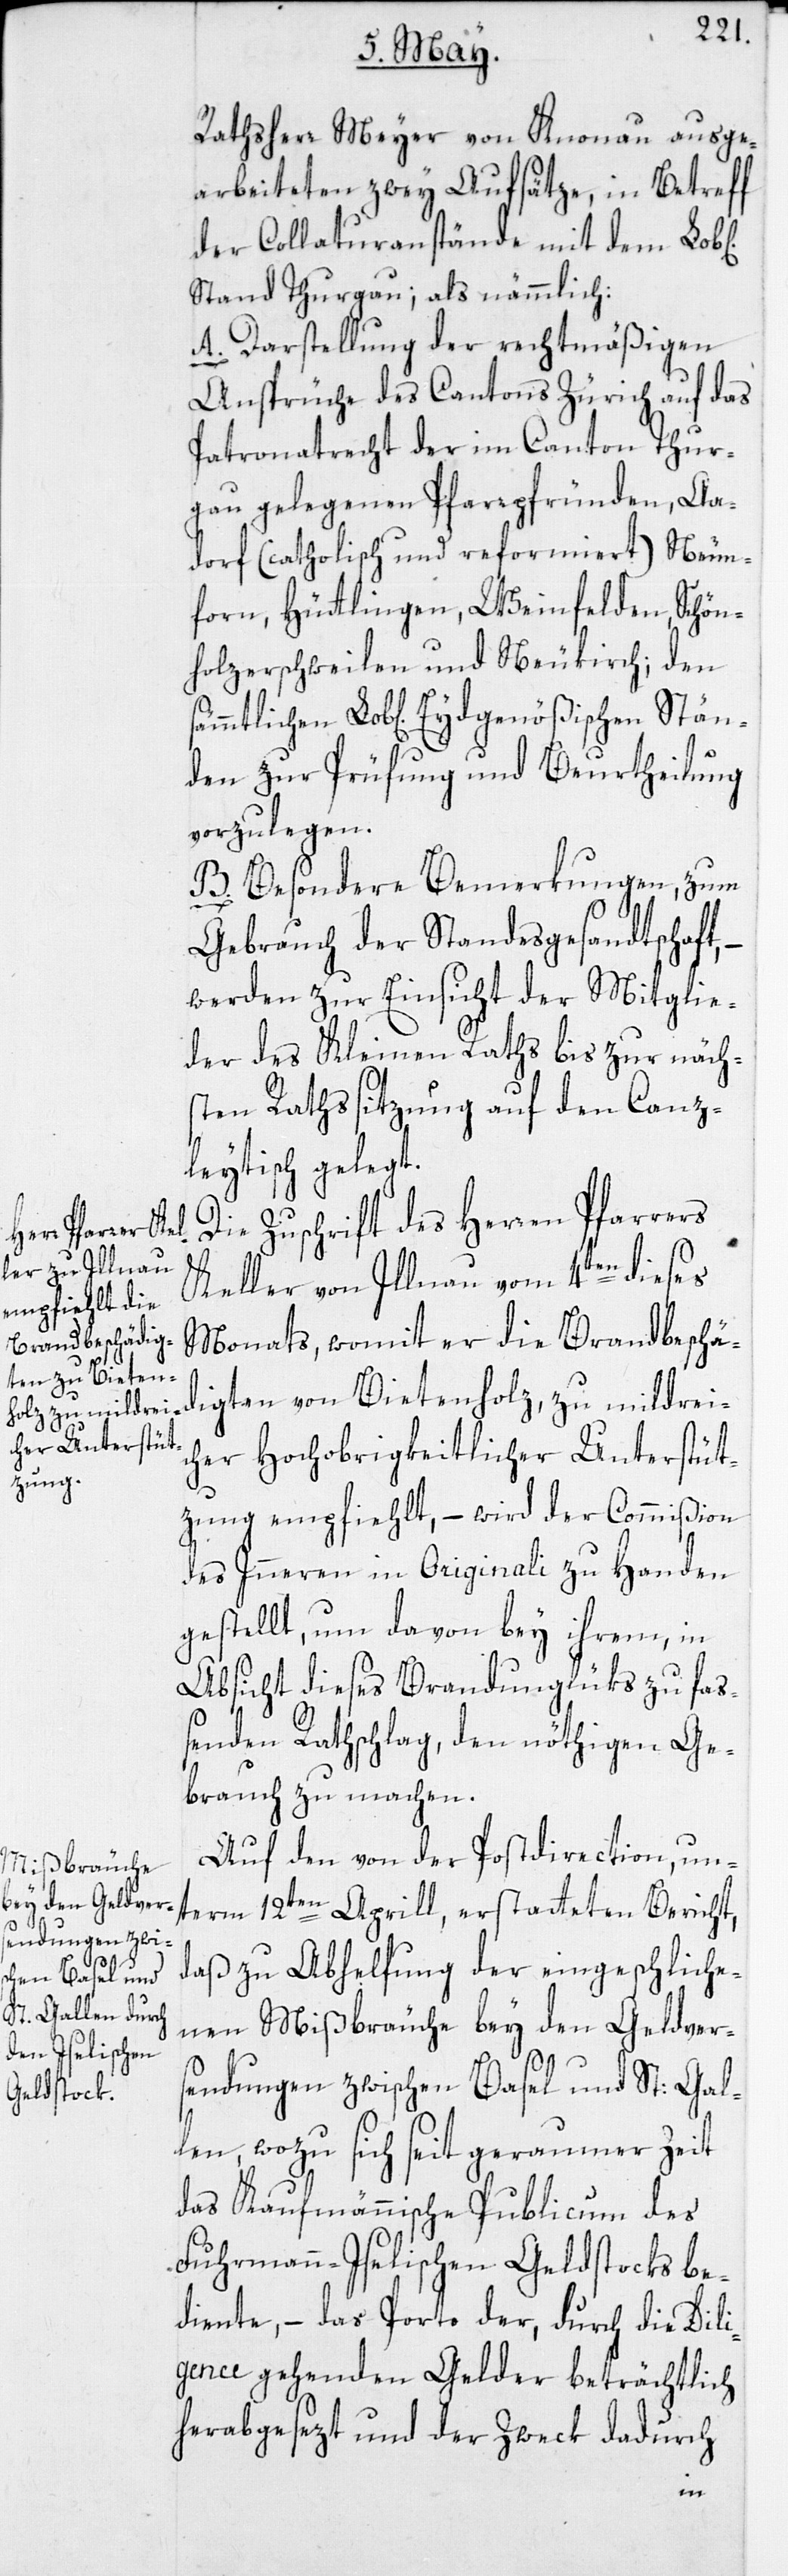
Rathsherr Meyer von Knonau ausge¬
arbeiteten zwey Aufsätze, in Betreff
der Collaturanstände mit dem Lob[l¬
Stand Thurgau; als nämmlich:
A. Darstellung der rechtmäßigen
Ansprüche des Cantons Zürich auf das
Patronatrecht der im Canton Thur¬
gau gelegenen Pfarrpfründen, Aa¬
dorf (catholisch und reformiert), Neun¬
forn, Hüttlingen, Weinfelden, Schön¬
holzerschweilen und Neukirch; den
Lob[lichen] Eydgenößischen Stän¬
den zur Prüfung und Beurtheilung
vorzulegen.
B. Besondere Bemerkungen, zum
Gebrauch der Standesgesandtschaft,
werden zur Einsicht der Mitglie¬
der des Kleinen Raths bis zur näch¬
sten Rathssitzung auf den Canz¬
leytisch gelegt.
Die Zuschrift des Herren Pfarrers
Keller von Illnau vom 4ten dieses
Monats, womit er die Brandbeschä¬
digten von Bietenholz, zu mildrei¬
cher Hochobrigkeitlicher Unterstüt¬
zung empfiehlt, – wird der Commißion
des Inneren in Originali zu Handen
gestellt, um davon bey ihrem, in
Absicht dieses Brandunglüks zu fas¬
senden Rathschlag, den nöthigen Ge¬
brauch zu machen.
Auf den von der Postdirection un¬
term 12ten Aprill, erstatteten Bericht,
daß zu Abhelfung der eingeschliche¬
nen Mißbräuche bey den Geldver¬
sendungen zwischen Basel und St: Gal¬
len, wozu sich seit geraumer Zeit
das Kaufmännische Publicum des
Fuhrmann-Iselischen Geldstocks be¬
diente, – das Porto der, durch die Dili¬
gence gehenden Gelder beträchtlich
herabgesezt und der Zweck dadurch
ichen]